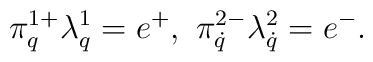
\pi^{1+}_{q}\lambda^1_q=e^+,\ \pi^{2-}_{\dot q}\lambda^2_{\dot q}=e^-.